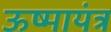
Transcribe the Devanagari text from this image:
ऊष्मायंत्र